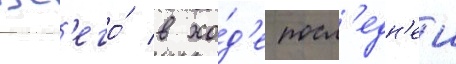
Вс'его́ в хо́д'е посл'едн'еи